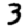
Digit: 3